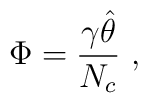
\Phi = \frac{\gamma \hat{\theta}}{N_c} \ ,